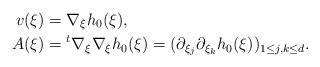
LaTeX: \begin{align*}v(\xi)&=\nabla_\xi h_0(\xi), \\A(\xi)&={}^t\nabla_\xi\nabla_\xi h_0(\xi)= (\partial_{\xi_j}\partial_{\xi_k} h_0(\xi))_{1\leq j,k \leq d}.\end{align*}